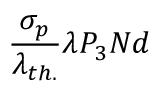
\frac { \sigma _ { p } } { \lambda _ { t h . } } \lambda P _ { 3 } N d